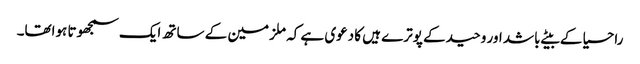
راحسیا کے بیٹے باشد اور وحید کے پوترے ہیں کا دعوی ہے کہ ملزمین کے ساتھ ایک سمجھوتا ہواتھا۔